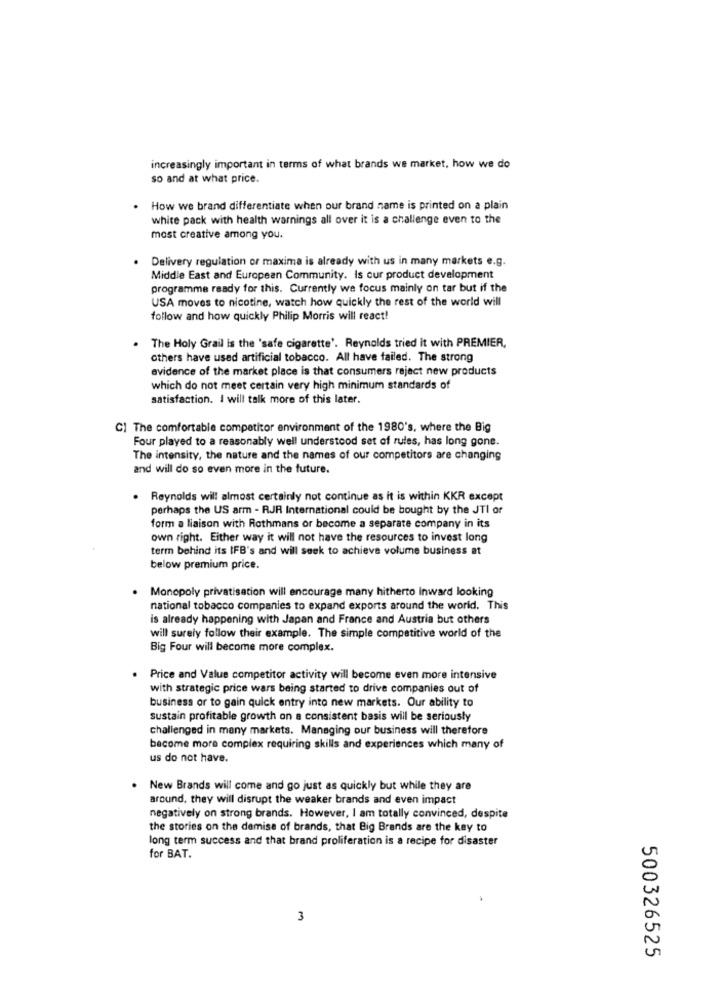
increasingly important in terms of what brands we market, how we do
so and at what price.
How we brand differentiate when our brand name is printed on a plain
white pack with health warnings all over it is a challenge even to the
most creative among you.
Delivery regulation or maxima is already with us in many markets e.g.
Middle East and European Community. Is our product development
programme ready for this. Currently we focus mainly on tar but if the
USA moves to nicotine, watch how quickly the rest of the world will
follow and how quickly Philip Morris will react!
. The Holy Grail is the 'safe cigarette'. Reynolds tried it with PREMIER,
others have used artificial tobacco. All have failed. The strong
evidence of the market place is that consumers reject new products
which do not meet certain very high minimum standards of
satisfaction. I will talk more of this later.
CI The comfortable competitor environment of the 1980's, where the Big
Four played to a reasonably well understood set of rules, has long gone.
The intensity, the nature and the names of our competitors are changing
and will do so even more in the future.
. Reynolds will almost certainly not continue as it is within KKR except
perhaps the US arm - RJR International could be bought by the JTI of
form a liaison with Rothmans or become a separate company in its
own right. Either way it will not have the resources to invest long
term behind its IFB's and will seek to achieve volume business at
below premium price.
Monopoly privatisation will encourage many hitherto inward looking
national tobacco companies to expand exports around the world. This
is already happening with Japan and France and Austria but others
will surely follow their example. The simple competitive world of the
Big Four will become more complex.
.
Price and Value competitor activity will become even more intensive
with strategic price wars being started to drive companies out of
business or to gain quick entry into new markets. Our ability to
sustain profitable growth on a consistent basis will be seriously
challenged in many markets. Managing our business will therefore
become more complex requiring skills and experiences which many of
us do not have.
. New Brands will come and go just as quickly but while they are
around, they will disrupt the weaker brands and even impact
negatively on strong brands. However, I am totally convinced, despite
the stories on the demise of brands, that Big Brands are the key to
long term success and that brand proliferation is a recipe for disaster
for BAT.
3
500326525